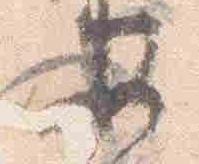
安